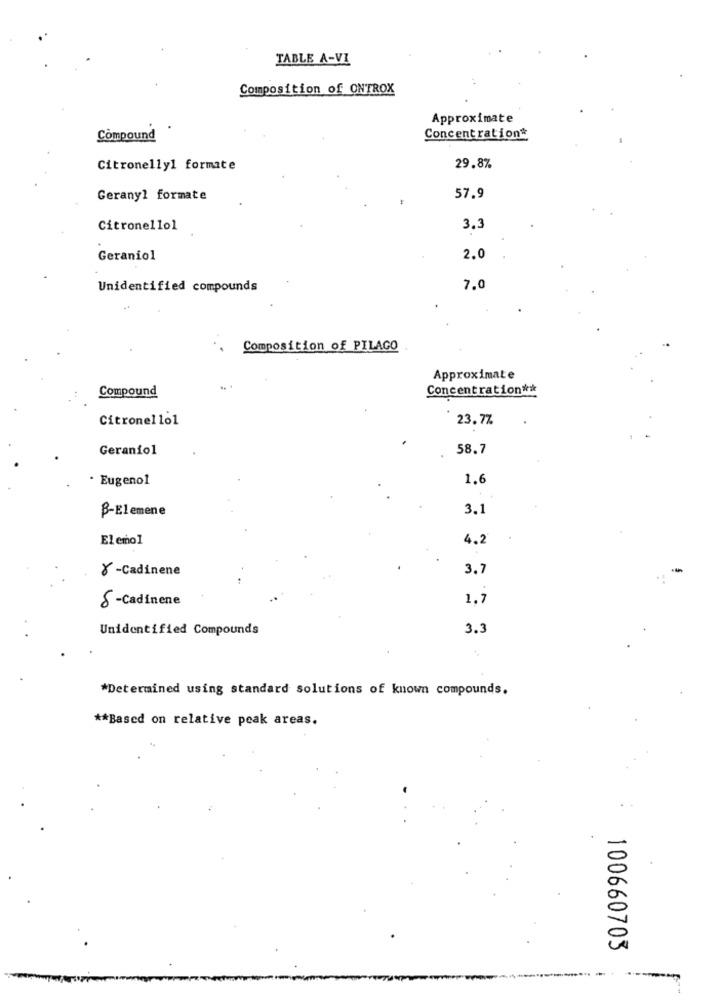
TABLE A-VI
Composition of ONTROX
Approximate
Compound
Concentration*
Citronelly1 formate
29.8%
Gerany1 formate
57.9
Citronellol
3.3
Geraniol
2.0
Unidentified compounds
7.0
Composition of PILAGO
Approximate
Compound
Concentration **
Citronello1
23.7%
Geraniol
58.7
· Eugenol
1.6
B-Elemene
3.1
Elemol
4.2
Y-Cadinene
3.7
8 -Cadinene
1,7
Unidentified Compounds
3.3
*Determined using standard solutions of known compounds.
** Based on relative peak areas.
100660703